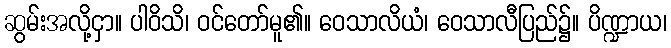
ဆွမ်းအလို့ငှာ။ ပါဝိသိ၊ ဝင်တော်မူ၏။ ဝေသာလိယံ၊ ဝေသာလီပြည်၌။ ပိဏ္ဍာယ၊